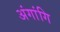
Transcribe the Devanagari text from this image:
अंगांगि